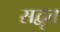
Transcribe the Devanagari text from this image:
सद्वृत